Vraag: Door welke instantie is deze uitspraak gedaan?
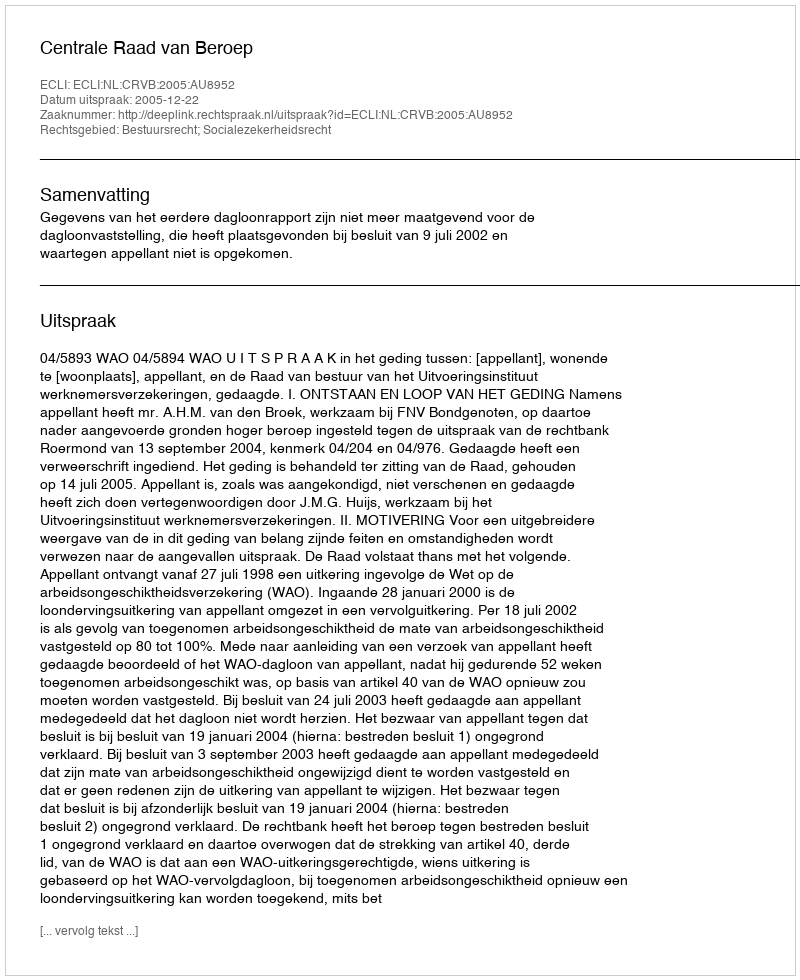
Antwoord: Centrale Raad van Beroep